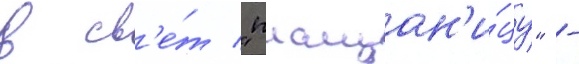
в св'е́т "плащан'и́цу" -